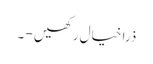
ذرا خیال رکھیں - ۔